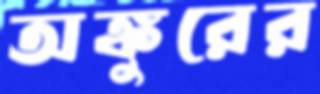
অঙ্কুরের